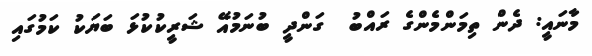
މާނައީ: ދެން ތިމަންމެންގެ ރައްބު  ގަންދީ ބުނަމުއޭ ޝަރީކުކުޅަ ބަޔަކު ކަމުގައި